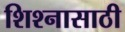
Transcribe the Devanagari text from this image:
शिश्नासाठी